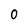
Character: 0